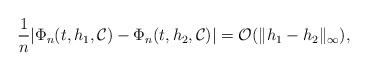
LaTeX: \begin{align*}\frac1n |\Phi_n(t,h_1,\mathcal C)-\Phi_n(t,h_2,\mathcal C)|= \mathcal O(\|h_1-h_2\|_{ \infty}),\end{align*}